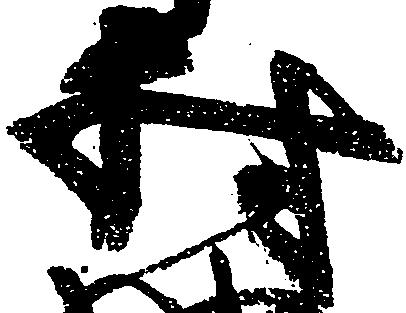
村